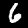
Label: 6